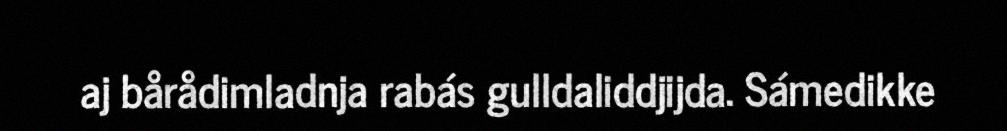
aj bårådimladnja rabás gulldaliddjijda. Sámedikke